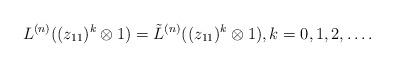
LaTeX: \begin{align*} L^{(n)} ((z_{11})^k \otimes 1) = \tilde L^{(n)} ((z_{11})^k \otimes 1),k =0,1,2,\dots.\end{align*}